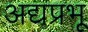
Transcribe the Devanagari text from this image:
अद्यप्रभू